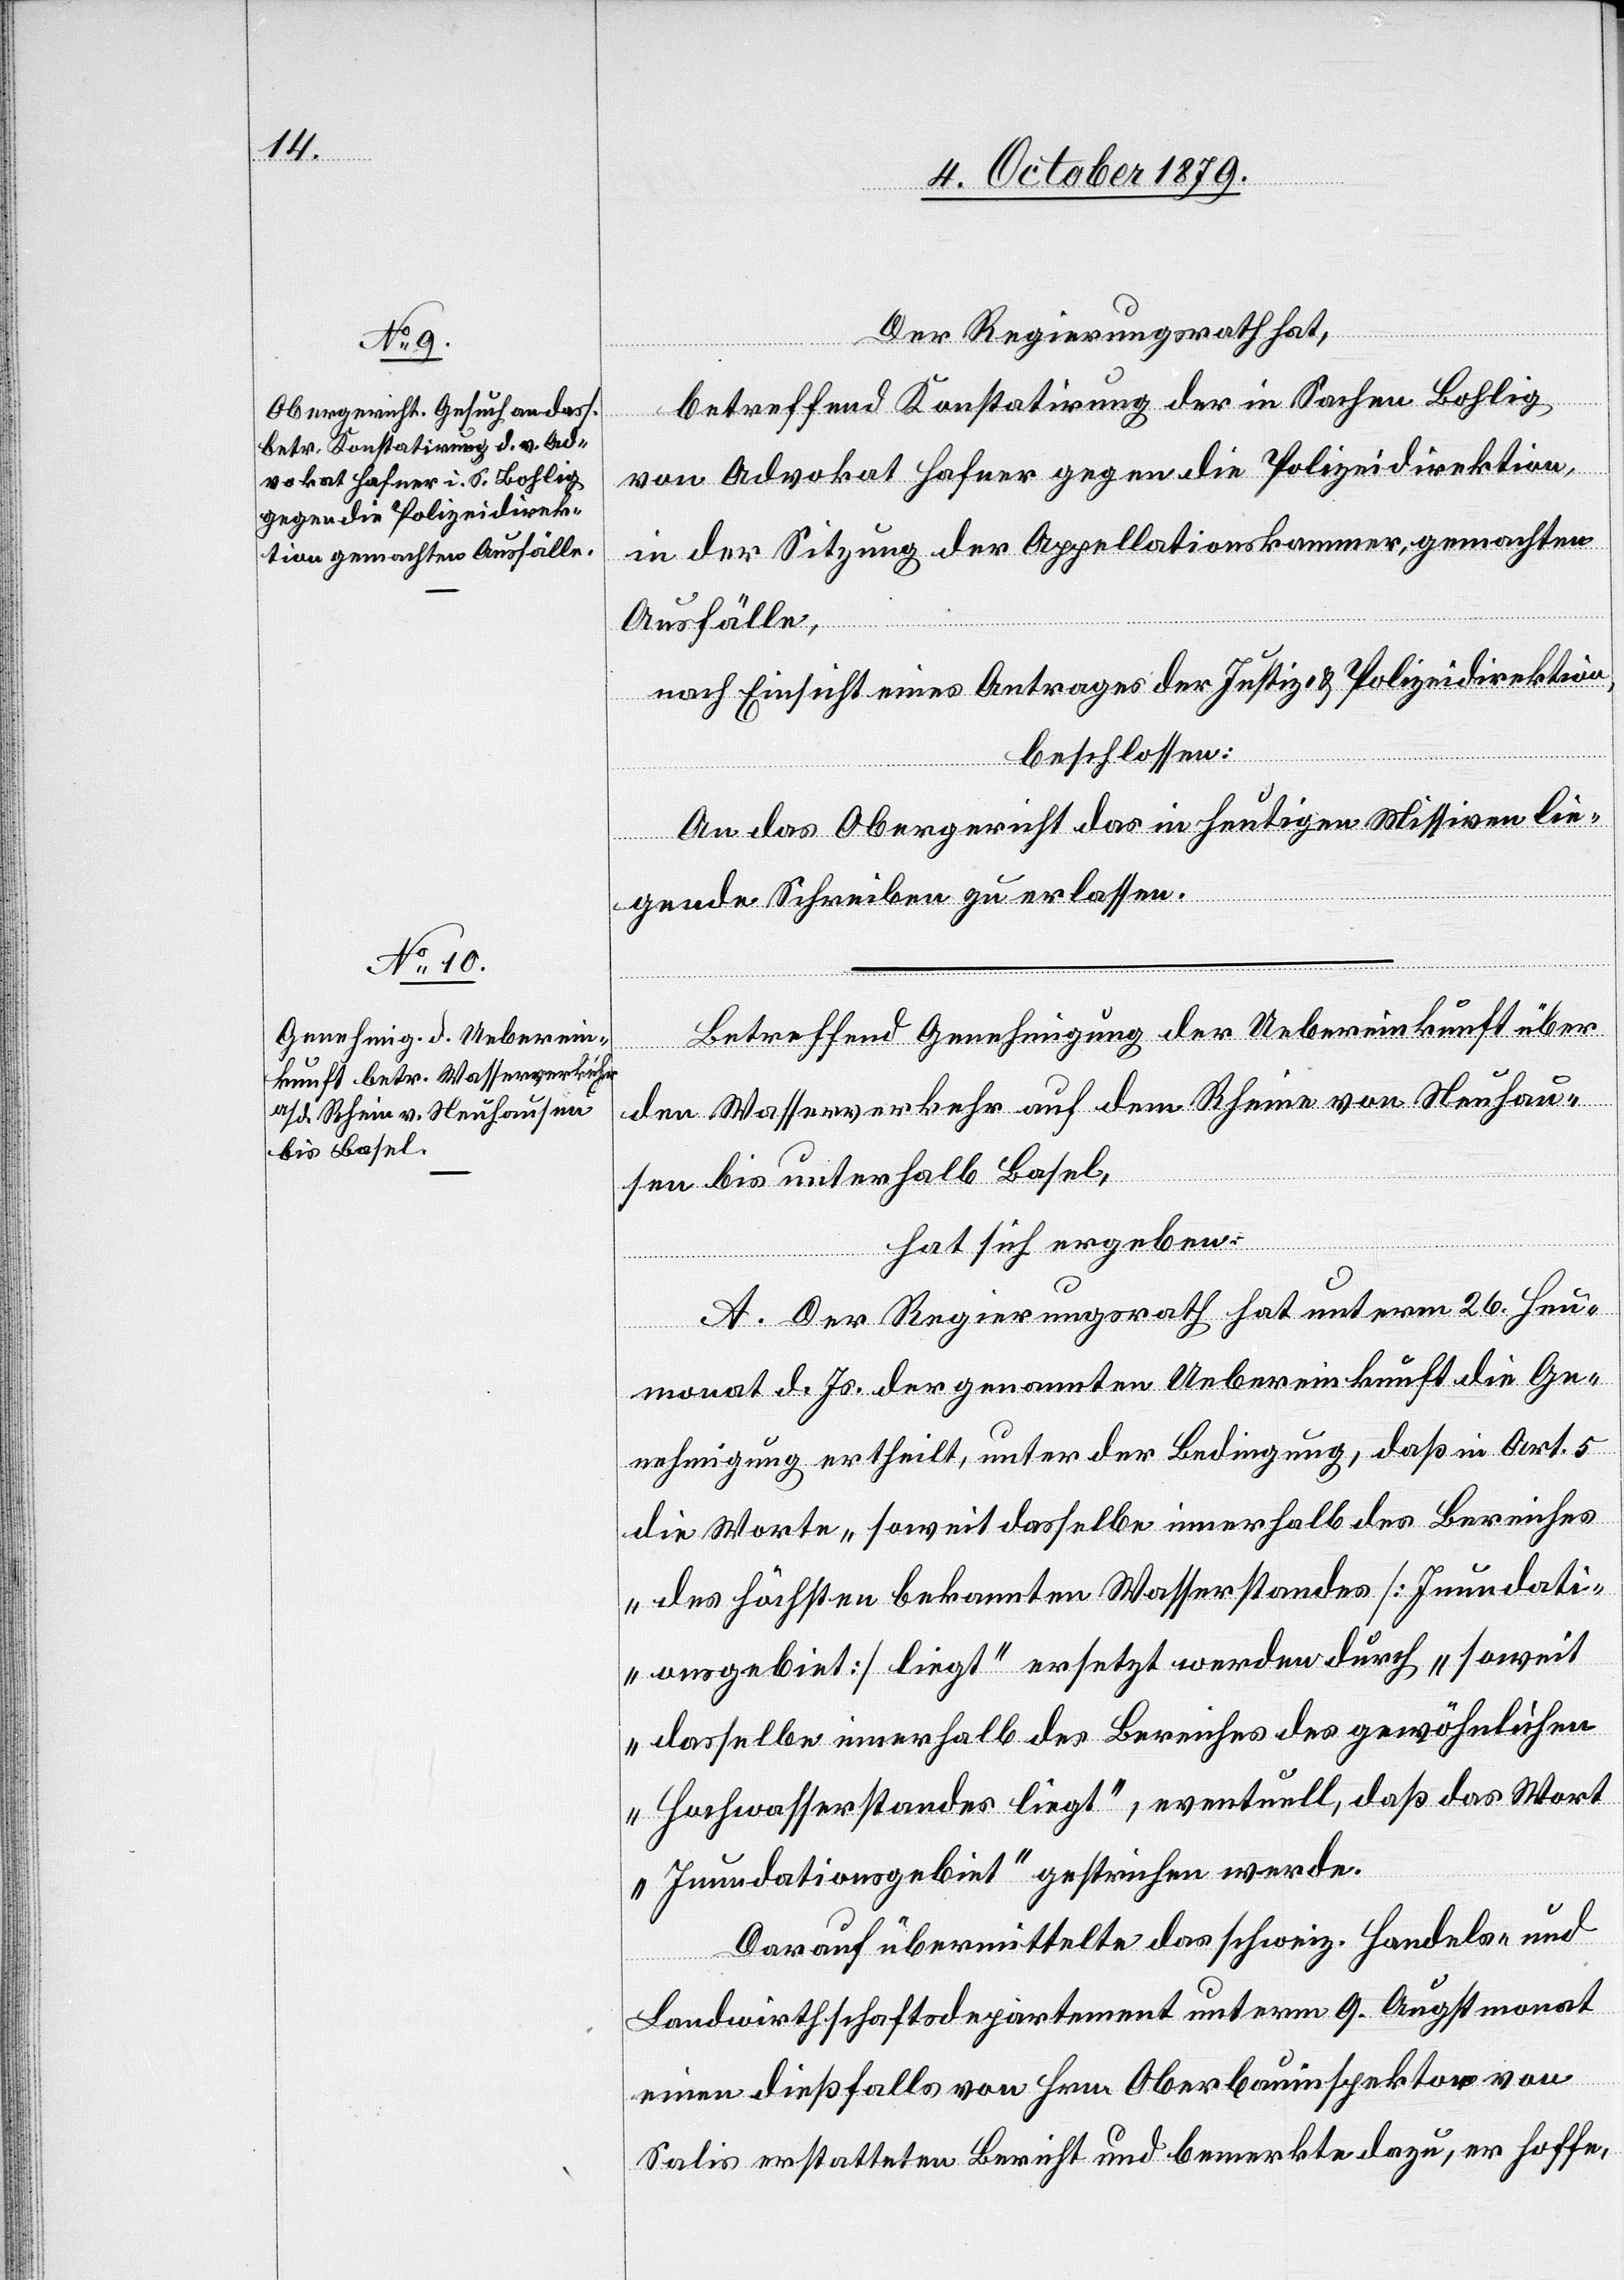
Der Regierungsrath hat,
betreffend Konstatirung der in Sachen Bohlig
von Advokat Hafner gegen die Polizeidirektion,
in der Sitzung der Appellationskammer, gemachten
Ausfälle,
nach Einsicht eines Antrages der Justiz- & Polizeidirektion,
beschlossen:
An das Obergericht das in heutigen Missiven lie¬
gende Schreiben zu erlassen.
Betreffend Genehmigung der Uebereinkunft über
den Wasserverkehr auf dem Rheine von Neuhau¬
sen bis unterhalb Basel,
hat sich ergeben:
A. Der Regierungsrath hat unterm 26. Heu¬
monat d. Js. der genannten Uebereinkunft die Ge¬
nehmigung ertheilt, unter der Bedingung, daß in Art. 5
die Worte „soweit dasselbe innerhalb des Bereiches
des höchsten bekannten Wasserstandes [Inundati¬
onsgebiet] liegt“ ersetzt werden durch „soweit
dasselbe innerhalb des Bereiches des gewöhnlichen
Hochwasserstandes liegt“, eventuell, daß das Wort
„Inundationsgebiet“ gestrichen werde.
Darauf übermittelte das schweiz. Handels- und
Landwirthschaftsdepartement unterm 9. Augstmonat
einen dießfalls von Hrn. Oberbauinspektor von
Salis erstatteten Bericht und bemerkte dazu, er hoffe,